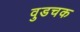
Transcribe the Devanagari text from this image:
वुडचक